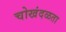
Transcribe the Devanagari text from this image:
चोखंदळता